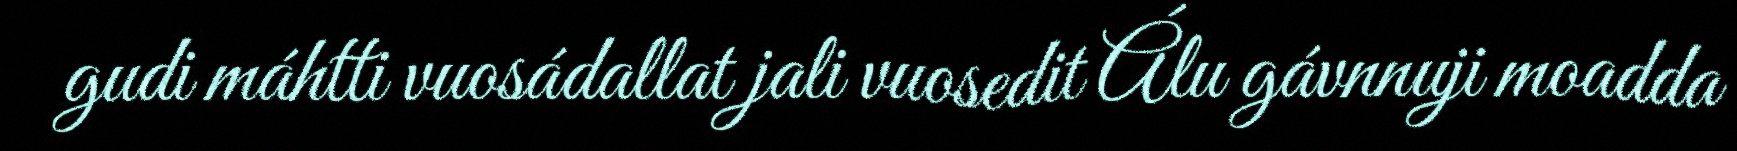
gudi máhtti vuosádallat jali vuosedit Álu gávnnuji moadda